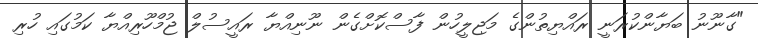
"ގާނޫނު ބަޔާންކުރަނީ ރައްޔިތުންގެ މަޖިލީހުން ފާސްކޮށްގެން ނޫނިއްޔާ ރައީސުލް ޖުމްހޫރިއްޔާ ކަމުގައި ހުރި